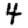
Digit: 4